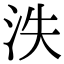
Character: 泆